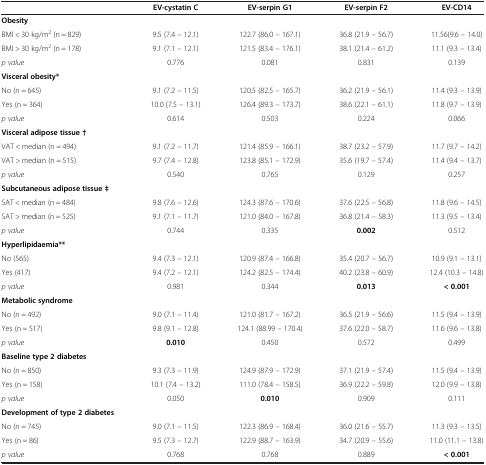
<table><thead><tr><td><b> </b></td><td><b>EV-cystatin C</b></td><td><b>EV-serpin G1</b></td><td><b>EV-serpin F2</b></td><td><b>EV-CD14</b></td></tr></thead><tbody><tr><td><b>Obesity</b></td><td> </td><td> </td><td> </td><td> </td></tr><tr><td>BMI &lt; 30 kg/m<sup>2</sup> (n = 829)</td><td>9.5 (7.4 – 12.1)</td><td>122.7 (86.0 – 167.1)</td><td>36.8 (21.9 – 56.7)</td><td>11.56(9.6 – 14.0)</td></tr><tr><td>BMI &gt; 30 kg/m<sup>2</sup> (n = 178)</td><td>9.1 (7.1 – 12.1)</td><td>121.5 (83.4 – 176.1)</td><td>38.1 (21.4 – 61.2)</td><td>11.1 (9.3 – 13.4)</td></tr><tr><td><i>p value</i></td><td>0.776</td><td>0.081</td><td>0.831</td><td>0.139</td></tr><tr><td><b>Visceral obesity*</b></td><td> </td><td> </td><td> </td><td> </td></tr><tr><td>No (n = 645)</td><td>9.1 (7.2 – 11.5)</td><td>120.5 (82.5 – 165.7)</td><td>36.2 (21.9 – 56.1)</td><td>11.4 (9.3 – 13.9)</td></tr><tr><td>Yes (n = 364)</td><td>10.0 (7.5 – 13.1)</td><td>126.4 (89.3 – 173.7)</td><td>38.6 (22.1 – 61.1)</td><td>11.8 (9.7 – 13.9)</td></tr><tr><td><i>p value</i></td><td>0.614</td><td>0.503</td><td>0.224</td><td>0.066</td></tr><tr><td><b>Visceral adipose tissue †</b></td><td> </td><td> </td><td> </td><td> </td></tr><tr><td>VAT &lt; median (n = 494)</td><td>9.1 (7.2 – 11.7)</td><td>121.4 (85.9 – 166.1)</td><td>38.7 (23.2 – 57.9)</td><td>11.7 (9.7 – 14.2)</td></tr><tr><td>VAT &gt; median (n = 515)</td><td>9.7 (7.4 – 12.8)</td><td>123.8 (85.1 – 172.9)</td><td>35.6 (19.7 – 57.4)</td><td>11.4 (9.4 – 13.7)</td></tr><tr><td><i>p value</i></td><td>0.540</td><td>0.765</td><td>0.129</td><td>0.257</td></tr><tr><td><b>Subcutaneous adipose tissue ‡</b></td><td> </td><td> </td><td> </td><td> </td></tr><tr><td>SAT &lt; median (n = 484)</td><td>9.8 (7.6 – 12.6)</td><td>124.3 (87.6 – 170.6)</td><td>37.6 (22.5 – 56.8)</td><td>11.8 (9.6 – 14.5)</td></tr><tr><td>SAT &gt; median (n = 525)</td><td>9.1 (7.1 – 11.7)</td><td>121.0 (84.0 – 167.8)</td><td>36.8 (21.4 – 58.3)</td><td>11.3 (9.5 – 13.4)</td></tr><tr><td><i>p value</i></td><td>0.744</td><td>0.335</td><td><b>0.002</b></td><td>0.512</td></tr><tr><td><b>Hyperlipidaemia**</b></td><td> </td><td> </td><td> </td><td> </td></tr><tr><td>No (565)</td><td>9.4 (7.3 – 12.1)</td><td>120.9 (87.4 – 166.8)</td><td>35.4 (20.7 – 56.7)</td><td>10.9 (9.1 – 13.1)</td></tr><tr><td>Yes (417)</td><td>9.4 (7.2 – 12.1)</td><td>124.2 (82.5 – 174.4)</td><td>40.2 (23.8 – 60.9)</td><td>12.4 (10.3 – 14.8)</td></tr><tr><td><i>p value</i></td><td>0.981</td><td>0.344</td><td><b>0.013</b></td><td><b>&lt; 0.001</b></td></tr><tr><td><b>Metabolic syndrome</b></td><td> </td><td> </td><td> </td><td> </td></tr><tr><td>No (n = 492)</td><td>9.0 (7.1 – 11.4)</td><td>121.0 (81.7 – 167.2)</td><td>36.5 (21.9 – 56.6)</td><td>11.5 (9.4 – 13.9)</td></tr><tr><td>Yes (n = 517)</td><td>9.8 (9.1 – 12.8)</td><td>124.1 (88.99 – 170.4)</td><td>37.6 (22.0 – 58.7)</td><td>11.6 (9.6 – 13.8)</td></tr><tr><td><i>p value</i></td><td><b>0.010</b></td><td>0.450</td><td>0.572</td><td>0.499</td></tr><tr><td><b>Baseline type 2 diabetes</b></td><td> </td><td> </td><td> </td><td> </td></tr><tr><td>No (n = 850)</td><td>9.3 (7.3 – 11.9)</td><td>124.9 (87.9 – 172.9)</td><td>37.1 (21.9 – 57.4)</td><td>11.5 (9.4 – 13.9)</td></tr><tr><td>Yes (n = 158)</td><td>10.1 (7.4 – 13.2)</td><td>111.0 (78.4 – 158.5)</td><td>36.9 (22.2 – 59.8)</td><td>12.0 (9.9 – 13.8)</td></tr><tr><td><i>p value</i></td><td>0.050</td><td><b>0.010</b></td><td>0.909</td><td>0.111</td></tr><tr><td><b>Development of type 2 diabetes</b></td><td> </td><td> </td><td> </td><td> </td></tr><tr><td>No (n = 745)</td><td>9.0 (7.1 – 11.5)</td><td>122.3 (86.9 – 168.4)</td><td>36.0 (21.6 – 55.7)</td><td>11.3 (9.3 – 13.5)</td></tr><tr><td>Yes (n = 86)</td><td>9.5 (7.3 – 12.7)</td><td>122.9 (88.7 – 163.9)</td><td>34.7 (20.9 – 55.6)</td><td>11.0 (11.1 – 13.8)</td></tr><tr><td><i>p value</i></td><td>0.768</td><td>0.768</td><td>0.889</td><td><b>&lt; 0.001</b></td></tr></tbody></table>